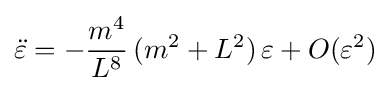
{\ddot {\varepsilon }}=-{\frac {m^{4}}{L^{8}}}\,(m^{2}+L^{2})\,\varepsilon +O(\varepsilon ^{2})